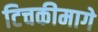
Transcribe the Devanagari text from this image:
टिचकीमागे